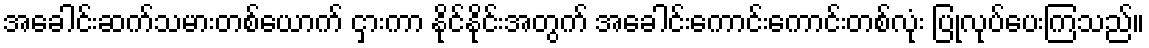
အခေါင်းဆက်သမားတစ်ယောက် ငှားကာ နိုင်နိုင်းအတွက် အခေါင်းကောင်းကောင်းတစ်လုံး ပြုလုပ်ပေးကြသည်။